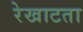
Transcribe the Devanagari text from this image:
रेखाटता